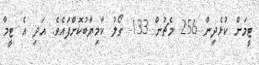
ޓީމަށް ކުޅެދިން 256 މެޗުން 133 ގޯލު ކާމިޔާބުކޮށްފައެވެ. އަދި އެ ޓީމާ